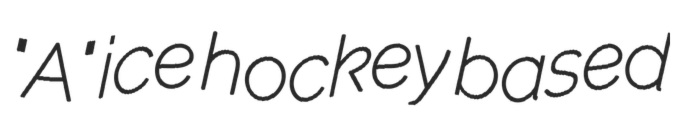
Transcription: "A" ice hockey based